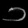
Digit: ၁